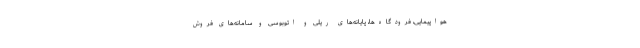
هواپیمایی، فرودگاه‌ها، پایانه‌های ریلی و اتوبوسی و سامانه‌های فروش